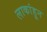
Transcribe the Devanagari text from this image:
लाकांहून